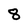
Character: 8